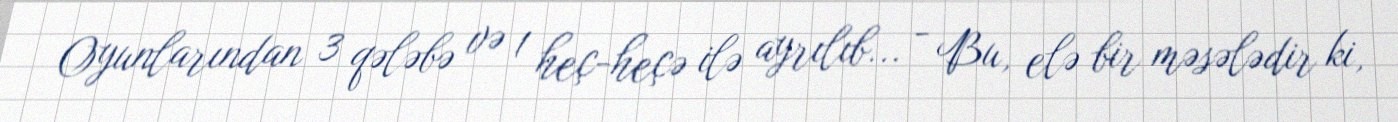
Oyunlarından 3 qələbə və 1 heç-heçə ilə ayrılıb... - Bu, elə bir məsələdir ki,